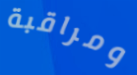
ومراقبة